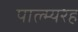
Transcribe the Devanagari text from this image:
पाल्म्यरह